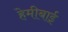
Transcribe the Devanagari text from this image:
हेमीबाई